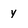
Character: y